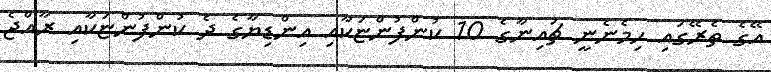
އޭގެ ތެރޭގައި ހިމެނެނީ ޗައިނާގެ 10 ކުންފުންޏަކާއި އިންޑިޔާގެ ދެ ކުންފުންޏަކާއި ރާއްޖެ